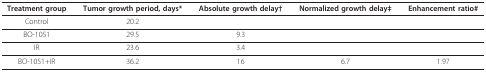
<table><thead><tr><td><b>Treatment group</b></td><td><b>Tumor growth period, days*</b></td><td><b>Absolute growth delay†</b></td><td><b>Normalized growth delay‡</b></td><td><b>Enhancement ratio#</b></td></tr></thead><tbody><tr><td>Control</td><td>20.2</td><td></td><td></td><td></td></tr><tr><td>BO-1051</td><td>29.5</td><td>9.3</td><td></td><td></td></tr><tr><td>IR</td><td>23.6</td><td>3.4</td><td></td><td></td></tr><tr><td>BO-1051+IR</td><td>36.2</td><td>16</td><td>6.7</td><td>1.97</td></tr></tbody></table>